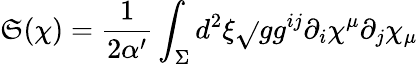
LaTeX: \mathfrak{S}(\chi)=\frac{{1}}{{2\alpha^{\prime}}}\int_{\Sigma}d^{2}\xi\sqrt{}{{g}}g^{ij}\partial_{i}\chi^{\mu}\partial_{j}\chi_{\mu}